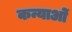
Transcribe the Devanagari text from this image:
कन्याओें